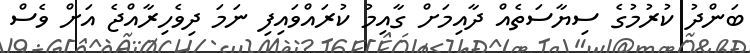
ބަންދު ކުރުމުގެ ސިޔާސަތެއް ދާއިމަށް ގާއިމު ކުރައްވައިފި ނަމަ ދިވެހިރާއްޖެ އަށް ވެސް